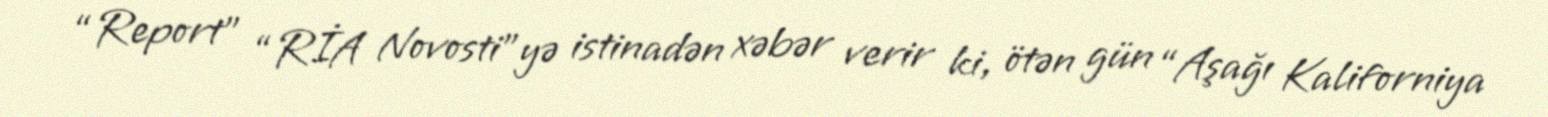
“Report” “RİA Novosti”yə istinadən xəbər verir ki, ötən gün “Aşağı Kaliforniya